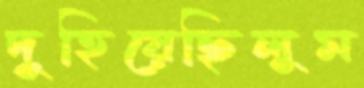
দুহিয়েছিলুম